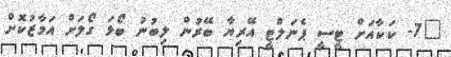
"7- ކަކާއަށް ޓީސީ ޕެނަލްޓީ އޭރިޔާ ބޭރުން ލިބުނު ބޯޅަ ގޯލަށް އަމާޒުކޮށް